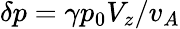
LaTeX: \delta p=\gamma p_{0}V_{z}/v_{A}